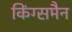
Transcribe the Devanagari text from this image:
किंग्समैन